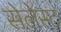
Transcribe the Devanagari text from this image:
सेलेस्ट